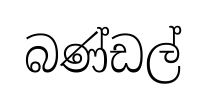
බණ්ඩල්